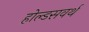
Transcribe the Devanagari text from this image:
होल्डसवर्थ